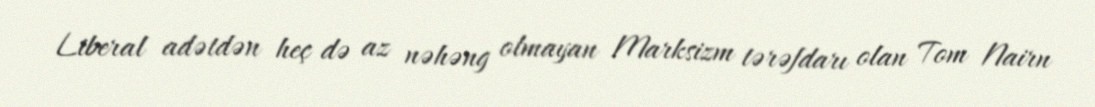
Liberal adətdən heç də az nəhəng olmayan Marksizm tərəfdarı olan Tom Nairn